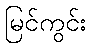
မြင်ကွင်း